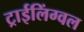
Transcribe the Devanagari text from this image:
ट्राईलिंग्वल